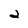
Character: 2